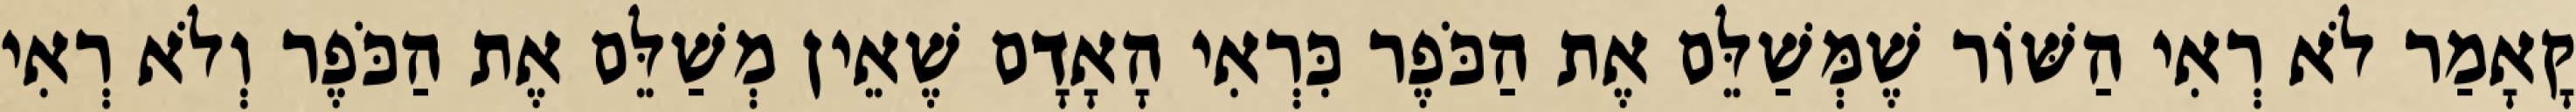
קָאָמַר לֹא רְאִי הַשּׁוֹר שֶׁמְּשַׁלֵּם אֶת הַכֹּפֶר כִּרְאִי הָאָדָם שֶׁאֵין מְשַׁלֵּם אֶת הַכֹּפֶר וְלֹא רְאִי